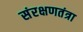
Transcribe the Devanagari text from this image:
संरक्षणतंत्रा